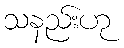
သနည်းဟု